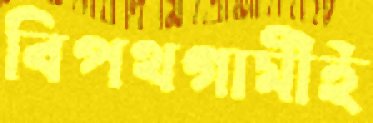
বিপথগামীই